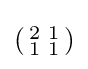
({\begin{smallmatrix}2&1\\1&1\end{smallmatrix}})